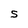
Character: S